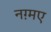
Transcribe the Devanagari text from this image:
नग़्मए